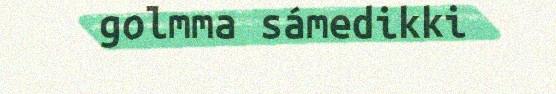
golmma sámedikki